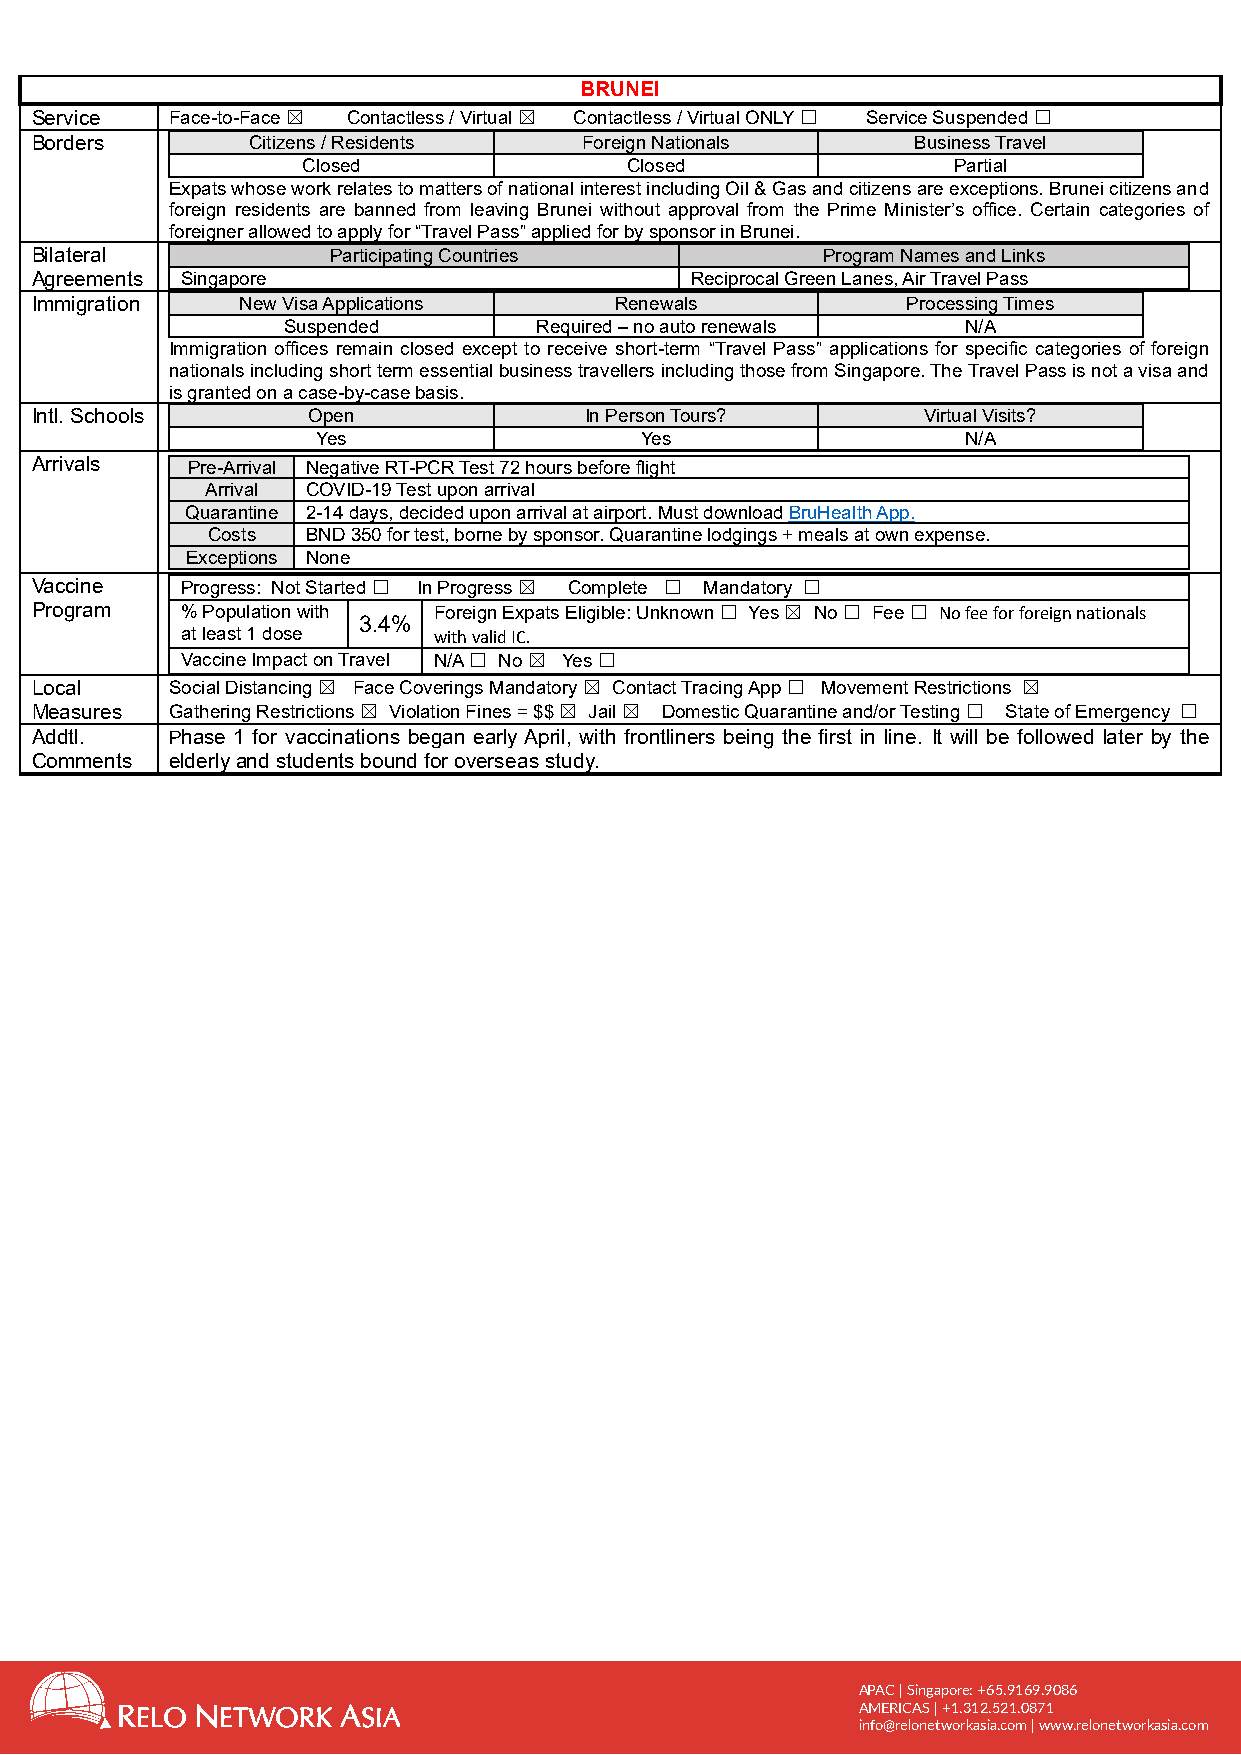
BRUNEI
 Service  Face-to-Face ☒ Contactless / Virtual ☒ Contactless / Virtual ONLY ☐ Service Suspended ☐
 Borders       Citizens / Residents   Foreign Nationals    Business Travel
 Closed               Closed                Partial
 Expats whose work relates to matters of national interest including Oil & Gas and citizens are exceptions. Brunei citizens and
 foreign residents are banned from leaving Brunei without approval from the Prime Minister’s office. Certain categories of
 foreigner allowed to apply for “Travel Pass” applied for by sponsor in Brunei.
 Bilateral           Participating Countries         Program Names and Links
 Agreements Singapore                        Reciprocal Green Lanes, Air Travel Pass
 Immigration   New Visa Applications    Renewals           Processing Times
 Suspended       Required – no auto renewals  N/A
 Immigration offices remain closed except to receive short-term “Travel Pass” applications for specific categories of foreign
 nationals including short term essential business travellers including those from Singapore. The Travel Pass is not a visa and
 is granted on a case-by-case basis.
 Intl. Schools     Open               In Person Tours?      Virtual Visits?
 Yes                  Yes                   N/A
 Arrivals  Pre-Arrival Negative RT-PCR Test 72 hours before flight
 Arrival COVID-19 Test upon arrival
 Quarantine 2-14 days, decided upon arrival at airport. Must download BruHealth App.
 Costs BND 350 for test, borne by sponsor. Quarantine lodgings + meals at own expense.
 Exceptions None
 Vaccine   Progress: Not Started ☐ In Progress ☒ Complete ☐ Mandatory ☐
 Program   % Population with Foreign Expats Eligible: Unknown ☐ Yes ☒ No ☐ Fee ☐ No fee for foreign nationals
 3.4%
 at least 1 dose  with valid IC.
 Vaccine Impact on Travel N/A ☐ No ☒ Yes ☐
 Local    Social Distancing ☒ Face Coverings Mandatory ☒ Contact Tracing App ☐ Movement Restrictions ☒
 Measures Gathering Restrictions ☒ Violation Fines = $$ ☒ Jail ☒ Domestic Quarantine and/or Testing ☐ State of Emergency ☐
 Addtl.   Phase 1 for vaccinations began early April, with frontliners being the first in line. It will be followed later by the
 Comments elderly and students bound for overseas study.
 APAC | Singapore: +65.9169.9086
 AMERICAS | +1.312.521.0871
 info@relonetworkasia.com | www.relonetworkasia.com